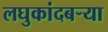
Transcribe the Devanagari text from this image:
लघुकांदबर्‍या